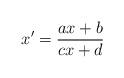
LaTeX: \begin{align*}x'=\frac{ax+b}{cx+d}\end{align*}